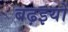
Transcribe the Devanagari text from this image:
बढ़इयों